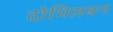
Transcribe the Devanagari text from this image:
दोमिलबन